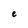
Character: e